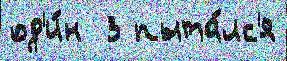
од'и́н  3 пыта́лс'я